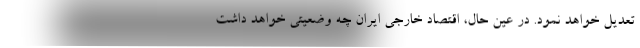
تعدیل خواهد نمود. در عین حال، اقتصاد خارجی ایران چه وضعیتی خواهد داشت